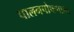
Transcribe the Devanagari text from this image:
पालनपोषणाला